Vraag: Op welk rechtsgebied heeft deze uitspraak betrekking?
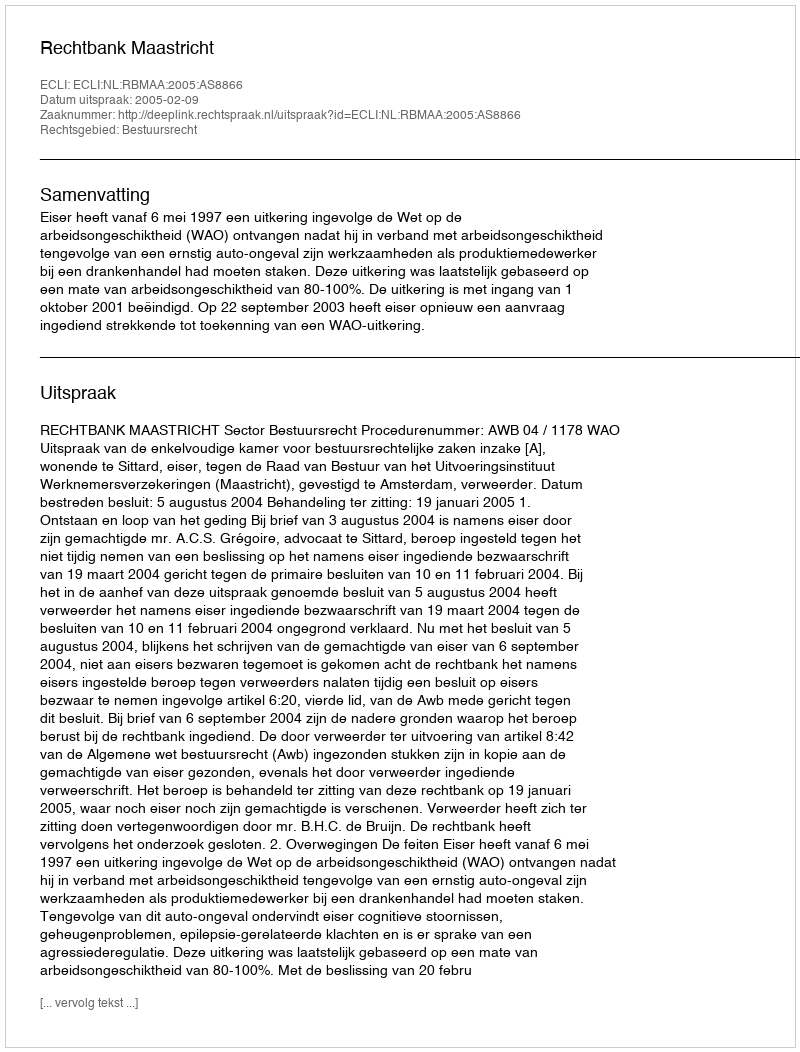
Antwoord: Bestuursrecht